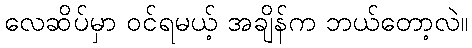
လေဆိပ်မှာ ဝင်ရမယ့် အချိန်က ဘယ်တော့လဲ။